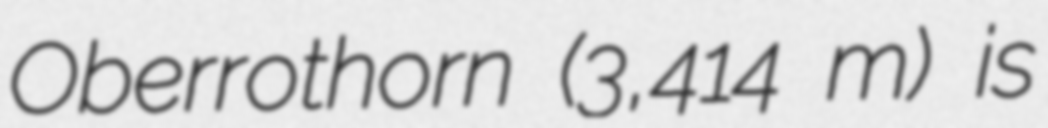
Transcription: Oberrothorn (3,414 m) is